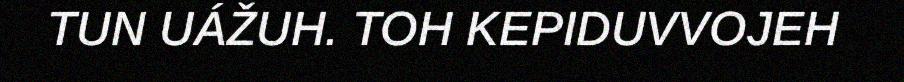
TUN UÁŽUH. TOH KEPIDUVVOJEH